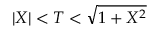
\vert X \vert < T < { \sqrt { 1 + X ^ { 2 } } }